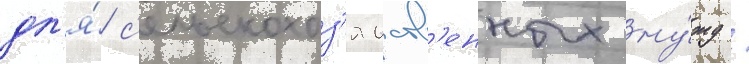
дл'я́ с'ельскохоз'яиств'енных ну́жд /